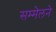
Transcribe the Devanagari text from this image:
सम्मेलने